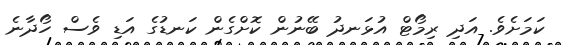
ކަމަށެވެ. އަދި ރިމޯޓް އުޅަނދު ބޭނުން ކޮށްގެން ކަނޑުގެ އަޑި ވެސް ހޯދާނެ